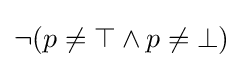
\neg (p\neq \top \land p\neq \bot )